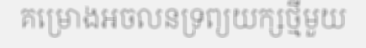
គម្រោងអចលនទ្រព្យយក្សថ្មីមួយ